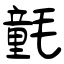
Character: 氃